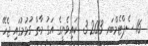
16 ސެޕްޓެމްބަރ 2013 3  ކައިވެނީގެ އަގު މާތް ގުޅުމުގައި ޖެހޭ